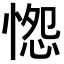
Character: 𭝭